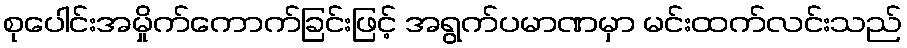
စုပေါင်းအမှိုက်ကောက်ခြင်းဖြင့် အရွက်ပမာဏမှာ မင်းထက်လင်းသည်